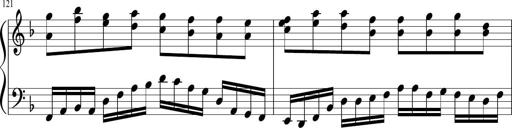
Title: Sonatina in F major
Composer: Ethan Ngo
Key: F major